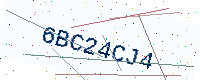
Text: 6BC24CJ4